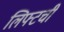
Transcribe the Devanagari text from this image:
लिफ्टची